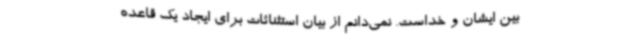
بین ایشان و خداست. نمی‌دانم از بیان استثنائات برای ایجاد یک قاعده